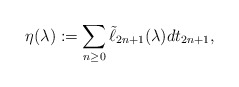
\begin{align*}\eta(\lambda):=\sum_{n\geq 0}\tilde\ell_{2n+1}(\lambda)dt_{2n+1},\end{align*}